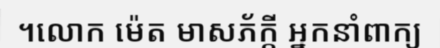
។លោក ម៉េត មាសភ័ក្តី អ្នកនាំពាក្យ